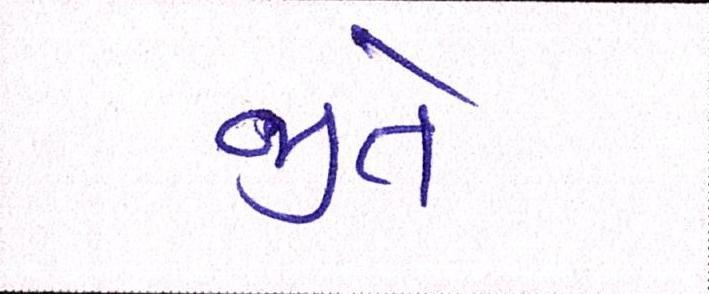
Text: જીતે